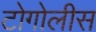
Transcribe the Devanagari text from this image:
टोगोलीस